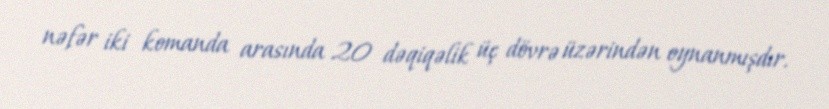
nəfər iki komanda arasında 20 dəqiqəlik üç dövrə üzərindən oynanmışdır.